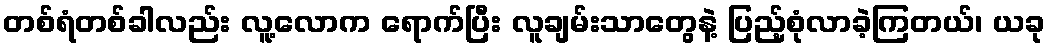
တစ်ရံတစ်ခါလည်း လူ့လောက ရောက်ပြီး လူချမ်းသာတွေနဲ့ ပြည့်စုံလာခဲ့ကြတယ်၊ ယခု